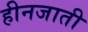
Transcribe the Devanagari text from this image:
हीनजाती